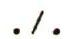
./.